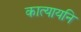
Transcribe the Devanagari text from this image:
कात्यायनि